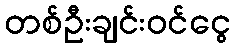
တစ်ဦးချင်းဝင်ငွေ